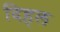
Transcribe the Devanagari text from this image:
दिहल